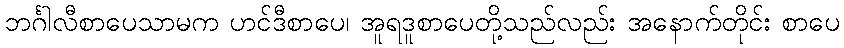
ဘင်္ဂါလီစာပေသာမက ဟင်ဒီစာပေ၊ အူရဒူစာပေတို့သည်လည်း အနောက်တိုင်း စာပေ